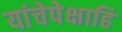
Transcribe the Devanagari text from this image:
यांचेपेक्षाहि